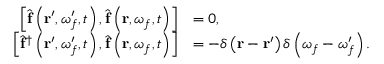
\begin{array} { r l } { \left[ \hat { \mathbf { f } } \left( \mathbf { r } ^ { \prime } , \omega _ { f } ^ { \prime } , t \right) , \hat { \mathbf { f } } \left( \mathbf { r } , \omega _ { f } , t \right) \right] } & { = 0 , } \\ { \left[ \hat { \mathbf { f } } ^ { \dagger } \left( \mathbf { r } ^ { \prime } , \omega _ { f } ^ { \prime } , t \right) , \hat { \mathbf { f } } \left( \mathbf { r } , \omega _ { f } , t \right) \right] } & { = - \delta \left( \mathbf { r } - \mathbf { r } ^ { \prime } \right) \delta \left( \omega _ { f } - \omega _ { f } ^ { \prime } \right) . } \end{array}